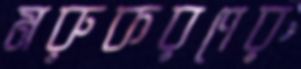
মরুকরণের